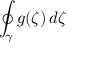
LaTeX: \oint _ { \gamma } g ( \zeta ) \, d \zeta